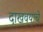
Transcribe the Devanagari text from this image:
दाखवयाचे